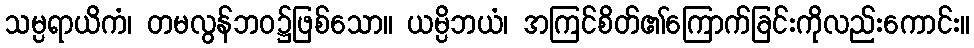
သမ္ပရာယိကံ၊ တမလွန်ဘဝ၌ဖြစ်သော။ ယမ္ပိဘယံ၊ အကြင်စိတ်၏ကြောက်ခြင်းကိုလည်းကောင်း။